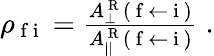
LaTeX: \begin{array}{r}{\rho_{\mathrm{~f~i~}}=\frac{A_{\perp}^{\mathrm{~R~}}(\mathrm{~f~}\leftarrow\mathrm{~i~})}{A_{||}^{\mathrm{~R~}}(\mathrm{~f~}\leftarrow\mathrm{~i~})}\; .}\end{array}